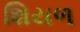
શિયળ